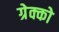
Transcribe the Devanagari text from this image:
ग्रेक्को